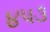
૪૫૩